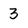
Character: 3